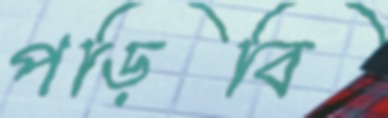
পড়িবি